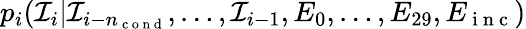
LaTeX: p_{i}({\mathcal I}_{i}|{\mathcal I}_{i-n_{\mathrm{~c~o~n~d~}}},\dots,{\mathcal I}_{i-1},E_{0},\dots,E_{29},E_{\mathrm{~i~n~c~}})